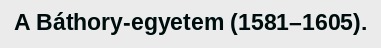
A Báthory-egyetem (1581–1605).